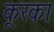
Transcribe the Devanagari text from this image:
कूरका